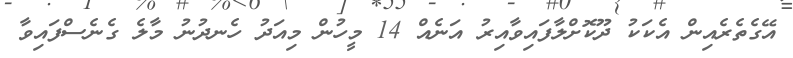
އޭގެތެރެއިން އެކަކު ދޫކޮށްލާފައިވާއިރު އަނެއް 14 މީހުން މިއަދު ހެނދުނު މާލެ ގެނެސްފައިވާ